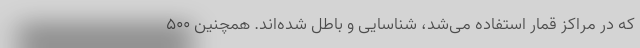
که در مراکز قمار استفاده می‌شد، شناسایی و باطل شده‌اند. همچنین ۵۰۰